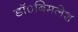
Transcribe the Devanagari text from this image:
डॉ०बिमलेश